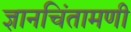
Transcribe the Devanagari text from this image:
ज्ञानचिंतामणी